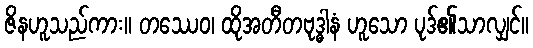
ဇိနဟူသည်ကား။ တဿေဝ၊ ထိုအတီတဗုဒ္ဓါနံ ဟူသော ပုဒ်၏သာလျှင်။